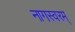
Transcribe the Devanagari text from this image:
नागस्वरम्‌